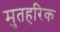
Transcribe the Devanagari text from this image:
मुतहरिक